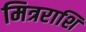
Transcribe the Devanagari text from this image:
मित्रराशि